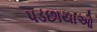
પડછાયાઓ